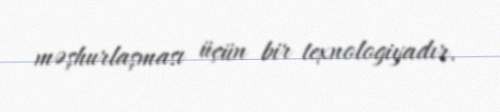
məşhurlaşması üçün bir texnologiyadır.